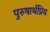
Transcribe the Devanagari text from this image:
पुरुषार्थप्रिय